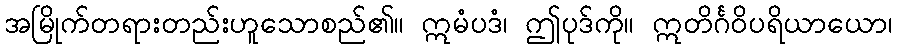
အမြိုက်တရားတည်းဟူသောစည်၏။ ဣမံပဒံ၊ ဤပုဒ်ကို။ ဣတိင်္ဂဝိပရိယာယော၊